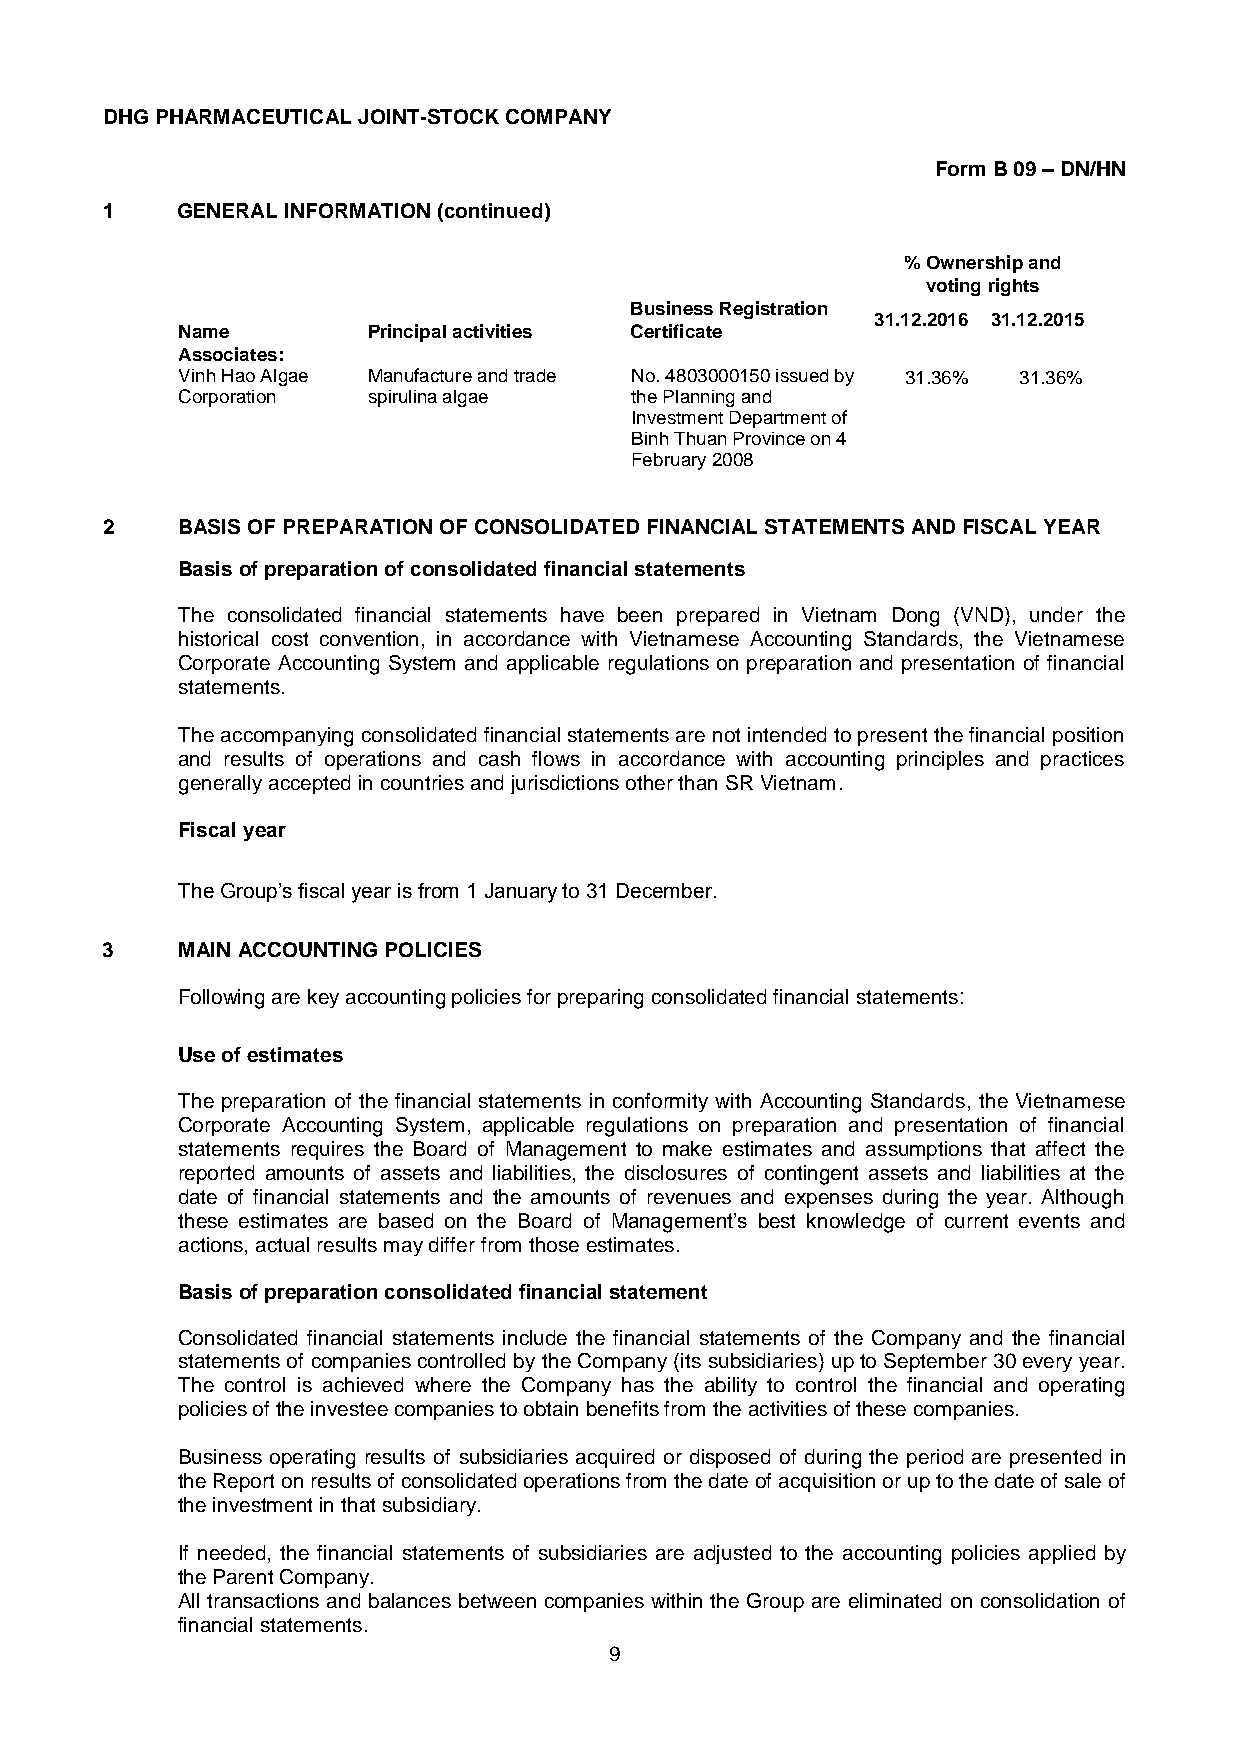
DHG PHARMACEUTICAL JOINT-STOCK COMPANY
 Form B 09 – DN/HN
 1    GENERAL INFORMATION (continued)
 % Ownership and
 voting rights
 Business Registration
 31.12.2016 31.12.2015
 Name        Principal activities Certificate
 Associates:
 Vinh Hao Algae Manufacture and trade No. 4803000150 issued by 31.36% 31.36%
 Corporation spirulina algae   the Planning and
 Investment Department of
 Binh Thuan Province on 4
 February 2008
 2    BASIS OF PREPARATION OF CONSOLIDATED FINANCIAL STATEMENTS AND FISCAL YEAR
 Basis of preparation of consolidated financial statements
 The consolidated financial statements have been prepared in Vietnam Dong (VND), under the
 historical cost convention, in accordance with Vietnamese Accounting Standards, the Vietnamese
 Corporate Accounting System and applicable regulations on preparation and presentation of financial
 statements.
 The accompanying consolidated financial statements are not intended to present the financial position
 and results of operations and cash flows in accordance with accounting principles and practices
 generally accepted in countries and jurisdictions other than SR Vietnam.
 Fiscal year
 The Group’s fiscal year is from 1 January to 31 December.
 3    MAIN ACCOUNTING POLICIES
 Following are key accounting policies for preparing consolidated financial statements:
 Use of estimates
 The preparation of the financial statements in conformity with Accounting Standards, the Vietnamese
 Corporate Accounting System, applicable regulations on preparation and presentation of financial
 statements requires the Board of Management to make estimates and assumptions that affect the
 reported amounts of assets and liabilities, the disclosures of contingent assets and liabilities at the
 date of financial statements and the amounts of revenues and expenses during the year. Although
 these estimates are based on the Board of Management’s best knowledge of current events and
 actions, actual results may differ from those estimates.
 Basis of preparation consolidated financial statement
 Consolidated financial statements include the financial statements of the Company and the financial
 statements of companies controlled by the Company (its subsidiaries) up to September 30 every year.
 The control is achieved where the Company has the ability to control the financial and operating
 policies of the investee companies to obtain benefits from the activities of these companies.
 Business operating results of subsidiaries acquired or disposed of during the period are presented in
 the Report on results of consolidated operations from the date of acquisition or up to the date of sale of
 the investment in that subsidiary.
 If needed, the financial statements of subsidiaries are adjusted to the accounting policies applied by
 the Parent Company.
 All transactions and balances between companies within the Group are eliminated on consolidation of
 financial statements.
 9